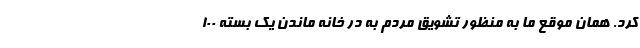
کرد. همان موقع ما به منظور تشویق مردم به در خانه ماندن یک بسته ۱۰۰